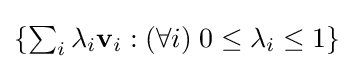
\textstyle \{\sum _{i}\lambda _{i}\mathbf {v} _{i}:(\forall i)\;0\leq \lambda _{i}\leq 1\}